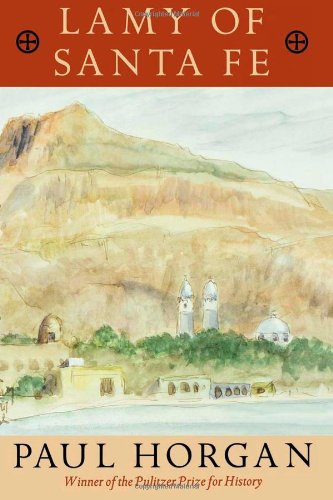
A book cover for Lamy of Santa Fe; Paul Horgan; Biographies & Memoirs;